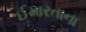
ઈમારતાના